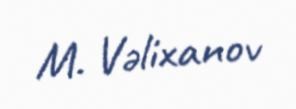
M. Vəlixanov